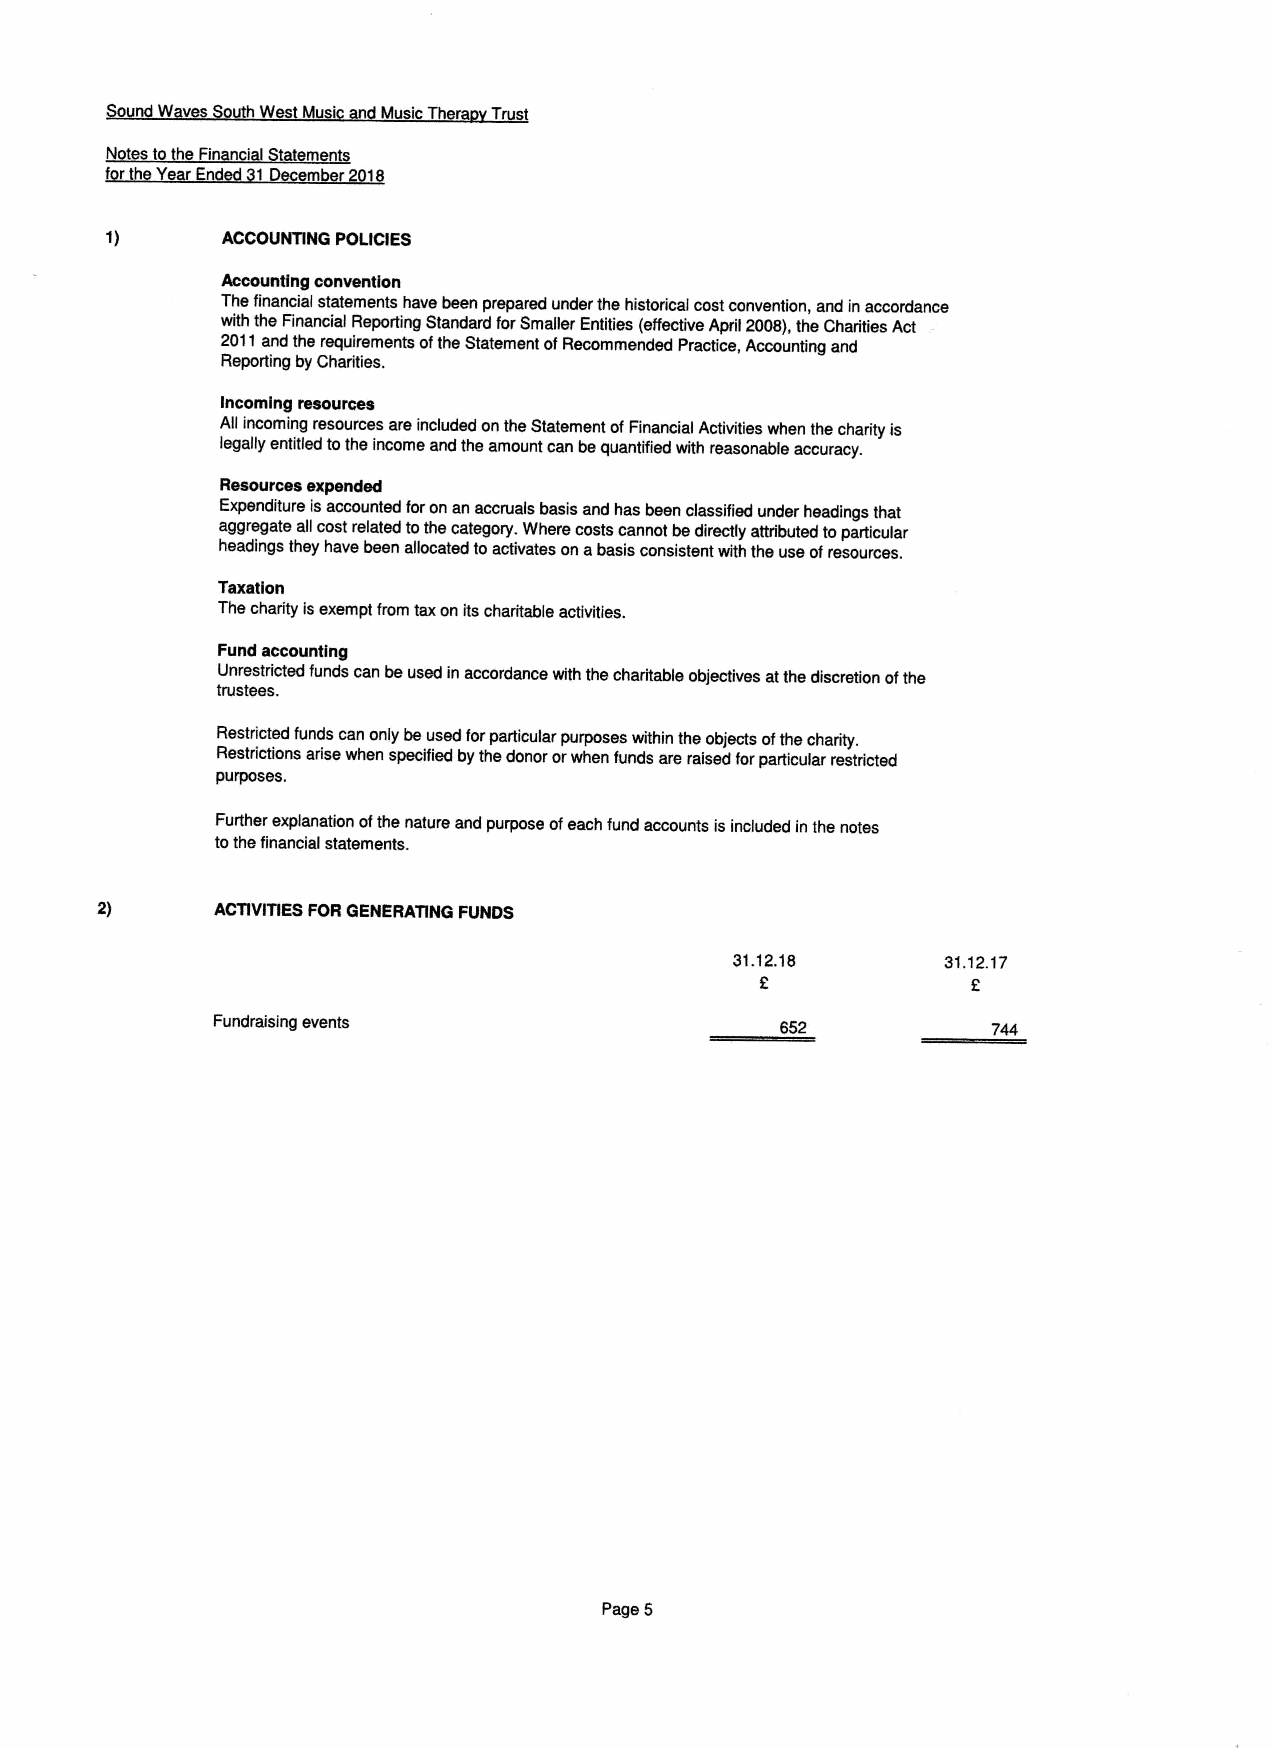
W ves  Wes usic Mu icThe T st
 fN rotesto heFinanci I tat men
 nd 1  m   1
 ACCOUNTING POLICIES
 Accounting convention
 The financial statements have been prepared under the historical costconvention, and in accordance
 with the Financial Reporting Standard forSmaller Entities (effective April 2008),the Charities Act
 2011and the requirements ofthe Statement ofRecommended Practice, Accounting and
 Reporting by Charities.
 Incoming resources
 All incoming resources are included on the Statement ofFinancial Activities when the charity is
 legally entitled tothe income and the amount can bequantified with reasonable accuracy.
 Resources expended
 Expenditure isaccounted foron an accruals basis and has been classified under headings that
 aggregate all cost related tothe category. Where costs cannot bedirectly attributed toparticular
 headings they have been allocated toactivates on abasis consistent with the use ofresources.
 Taxation
 The charity isexempt from taxon its charitable activities.
 Fund accounting
 Unrestricted funds can beused in accordance with the charitable objectives atthe discretion ofthe
 trustees.
 Restricted funds can only be used forparticular purposes within the objects ofthe charity.
 Restrictions arise when specified bythe donor orwhen funds are raised forparticular restricted
 purposes.
 Further explanation ofthe nature and purpose ofeach fund accounts isincluded in the notes
 tothe financial statements.
 2)      ACTIVITIES FOR GENERAT1NG FUNDS
 31.12.18      31.12.17
 F.
 Fundraising events                    652
 Page 5